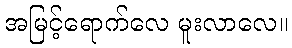
အမြင့်ရောက်လေ မူးလာလေ။